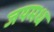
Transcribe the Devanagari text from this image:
जयमध